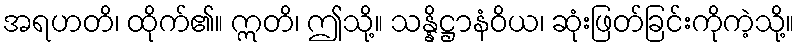
အရဟတိ၊ ထိုက်၏။ ဣတိ၊ ဤသို့။ သန္နိဋ္ဌာနံဝိယ၊ ဆုံးဖြတ်ခြင်းကိုကဲ့သို့။